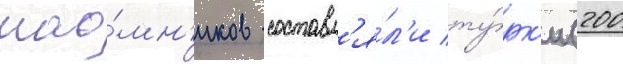
нао́мн'иков составл'я́л'и ту́рк'и (200